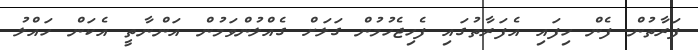
ފަރާތުން ފެން ހިފައި އެފަރާތުގައި ފެހިޖެހުމުން ގަލަށް ގެއްލުންވަމުން އަންނާތީ އެކަން ހައްލު